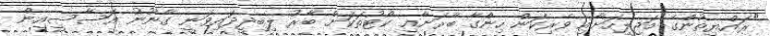
"ރައްޔިތުންގެ މަޖިލީހަށާއި ވެރިކަން ހިންގާ ބާރަށާއި ކޯޓުތަކަށް ބާރު ލިބިދީދައިވަނީ ގާނޫނު އަސާސީއިން